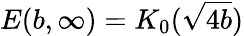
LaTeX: E(b,\infty)=K_{0}(\sqrt{4b})